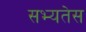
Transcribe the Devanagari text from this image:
सभ्यतेस